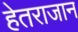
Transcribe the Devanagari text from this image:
हेतराजान